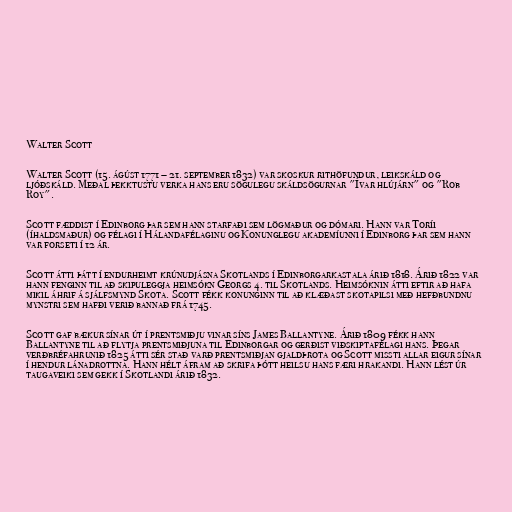
Walter Scott

Walter Scott (15. ágúst 1771 – 21. september 1832) var skoskur rithöfundur, leikskáld og
ljóðskáld. Meðal þekktustu verka hans eru sögulegu skáldsögurnar "Ívar hlújárn" og "Rob
Roy".

Scott fæddist í Edinborg þar sem hann starfaði sem lögmaður og dómari. Hann var Toríi
(íhaldsmaður) og félagi í Hálandafélaginu og Konunglegu akademíunni í Edinborg þar sem hann
var forseti í 12 ár.

Scott átti þátt í endurheimt krúnudjásna Skotlands í Edinborgarkastala árið 1818. Árið 1822 var
hann fenginn til að skipuleggja heimsókn Georgs 4. til Skotlands. Heimsóknin átti eftir að hafa
mikil áhrif á sjálfsmynd Skota. Scott fékk konunginn til að klæðast skotapilsi með hefðbundnu
mynstri sem hafði verið bannað frá 1745.

Scott gaf bækur sínar út í prentsmiðju vinar síns James Ballantyne. Árið 1809 fékk hann
Ballantyne til að flytja prentsmiðjuna til Edinborgar og gerðist viðskiptafélagi hans. Þegar
verðbréfahrunið 1825 átti sér stað varð prentsmiðjan gjaldþrota og Scott missti allar eigur sínar
í hendur lánadrottna. Hann hélt áfram að skrifa þótt heilsu hans færi hrakandi. Hann lést úr
taugaveiki sem gekk í Skotlandi árið 1832.